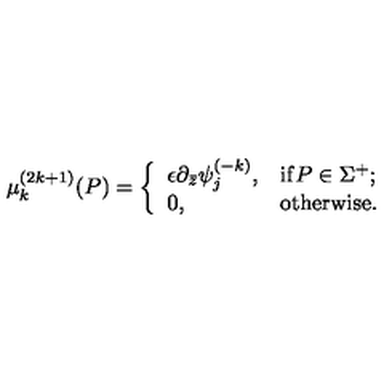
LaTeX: \mu _ { k } ^ { ( 2 k + 1 ) } ( P ) = \left\{ \begin{array} { l l } { \epsilon \partial _ { \bar { z } } \psi _ { j } ^ { ( - k ) } , } & { \mathrm { i f } P \in \Sigma ^ { + } ; } \\ { 0 , } & { \mathrm { o t h e r w i s e } . } \\ \end{array} \right.